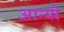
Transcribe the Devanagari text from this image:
आन्‍यो